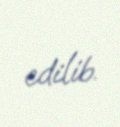
edilib.